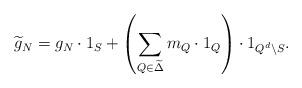
LaTeX: \begin{align*} \widetilde g_N= g_N\cdot 1_S+ \left( \sum\limits_{Q\in \widetilde \Delta} m_Q\cdot 1_Q\right)\cdot 1_{Q^d\setminus S}.\end{align*}